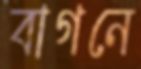
বাগনে